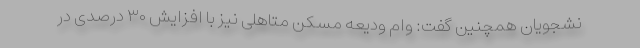
نشجویان همچنین گفت: وام ودیعه مسکن متاهلی نیز با افزایش ۳۰ درصدی در